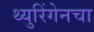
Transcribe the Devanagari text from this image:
थ्युरिंगेनचा